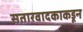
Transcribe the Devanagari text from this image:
सतारवादकाकडून